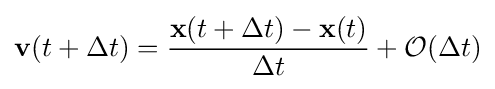
\mathbf {v} (t+\Delta t)={\frac {\mathbf {x} (t+\Delta t)-\mathbf {x} (t)}{\Delta t}}+{\mathcal {O}}(\Delta t)